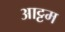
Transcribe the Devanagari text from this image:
आट्टम